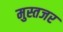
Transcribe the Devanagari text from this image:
मुस्तजर